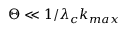
\Theta \ll 1 / \lambda _ { c } k _ { m a x }